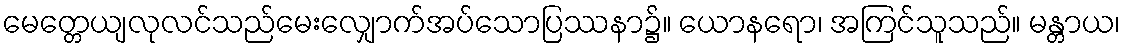
မေတ္တေယျလုလင်သည်မေးလျှောက်အပ်သောပြဿနာ၌။ ယောနရော၊ အကြင်သူသည်။ မန္တာယ၊